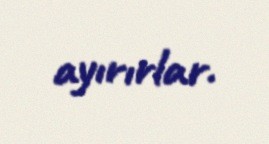
ayırırlar.